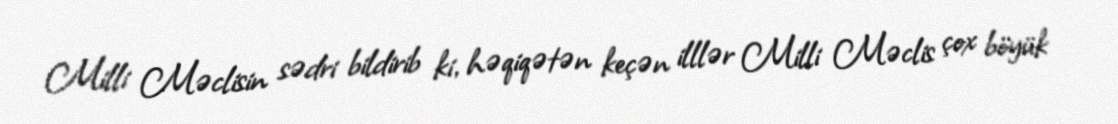
Milli Məclisin sədri bildirib ki, həqiqətən keçən illlər Milli Məclis çox böyük